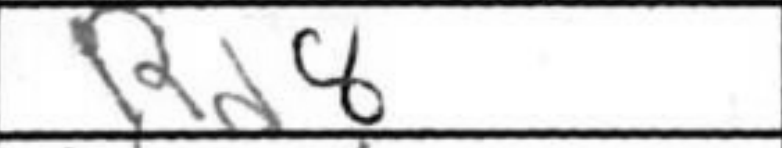
Transcription: Rd8